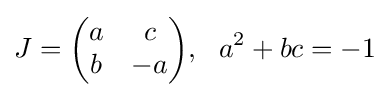
J={\begin{pmatrix}a&c\\b&-a\end{pmatrix}},~~a^{2}+bc=-1